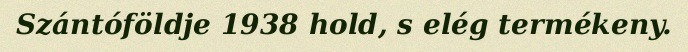
Szántóföldje 1938 hold, s elég termékeny.